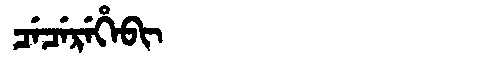
Manchu: ᠴᡝᠴᡝᡵᡝᡥᡝᠪᡳ
Romanization: CECEREHEBI